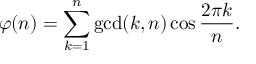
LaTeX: \varphi ( n ) = \sum _ { k = 1 } ^ { n } \operatorname* { g c d } ( k , n ) \cos { \frac { 2 \pi k } { n } } .